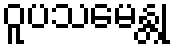
ဝူပသမေန္တု